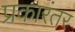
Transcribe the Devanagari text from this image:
प्रकारंतर